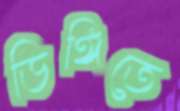
ডিঙ্গিতে